Annual report of the Punjab Veterinary College and of the Civil Veterinary Department, Punjab - 1909-1919
Year: 1909
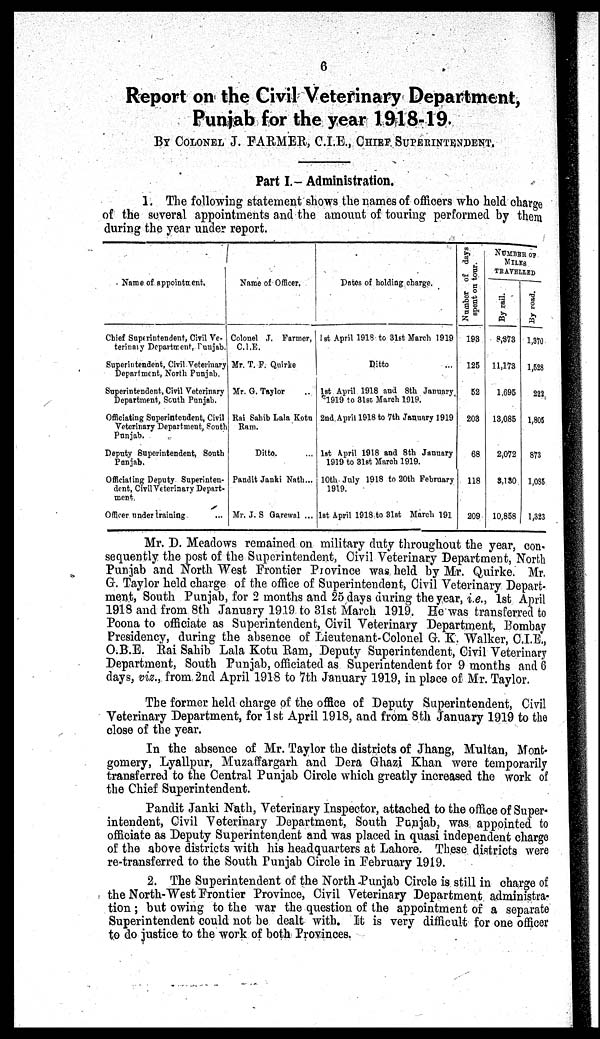
6
Report on the Civil Veterinary Department,
Punjab for the year 1918-19.
BY COLONEL J. FARMER, C.I.E., CHIEF SUPERINTENDENT.
Part I.- Administration.
1. The following statement shows the names of officers who held charge
of the several appointments and the amount of touring performed by them
during the year under report.
Name of appointment.
Chief Superintendent, Civil Ve-
terinary Department, Punjab.
Superintendent, Civil Veterinary
Department, North Punjab.
Superintendent, Civil Veterinary
Department, South Punjab.
Officiating Superintendent, Civil
Veterinary Department, South
Punjab.
Deputy Superintendent, South
Panjab.
Officiating Deputy Superinten-
dent, Civil Veterinary Depart-
ment.
Officer under training ...
Name of Officer.
Colonel ,T. Farmer,
C.I.E.
Mr. T. F. Quirke
Mr. G. Taylor ..
Rai Sahib Lala Kota
Ram.
Ditto. ...
Pandit Janki Nath...
Mr. J. S Garewal ...
Dates of holding charge.
1st April 1918 to 31st March 1919
Ditto ...
1st April 1918 and 8th January
1919 to 31st March 1919.
2nd. April 1918 to 7th January 1919
1st April 1918 and 8th January
1919 to 31st March 1919.
10th July 1918 to 20th February
1919.
1st April 1918 to 31st March 191
Number of days
spent on tour.
193
125
52
203
68
118
209
NUMBER OF
MILES
TRAVELLED
By rail.
8,373
11,173
1,695
13,085
2,072
3,130
10,858
By
road.
1,370
1,528
222
1,805
873
1,035
1,323
Mr. D. Meadows remained on military duty throughout the year, con-
sequently the post of the Superintendent, Civil Veterinary Department, North
Punjab and North West Frontier Province was held by Mr. Quirke. Mr.
G. Taylor held charge of the office of Superintendent, Civil Veterinary Depart-
ment, South Punjab, for 2 months and 25 days during the year, i.e., 1st April
1918 and from 8th January 1919 to 31st March 1919. He was transferred to
Poona to officiate as Superintendent, Civil Veterinary Department, Bombay
Presidency, during the absence of Lieutenant-Colonel G. K. Walker, C.I.E.,
O.B.E. Rai Sahib Lala Kotu Ram, Deputy Superintendent, Civil Veterinary
Department, South Punjab, officiated as Superintendent for 9 months and 6
days, viz., from 2nd April 1918 to 7th January 1919, in place of Mr. Taylor.
The former held charge of the office of Deputy Superintendent, Civil
Veterinary Department, for 1st April 1918, and from 8th January 1919 to the
close of the year.
In the absence of Mr. Taylor the districts of Jhang, Multan, Mont-
gomery, Lyallpur, Muzaffargarh and Dera Ghazi Khan were temporarily
transferred to the Central Punjab Circle which greatly increased the work of
the Chief Superintendent.
Pandit Janki Nath, Veterinary Inspector, attached to the office of Super-
intendent, Civil Veterinary Department, South Punjab, was appointed to
officiate as Deputy Superintendent and was placed in quasi independent charge
of the above districts with his headquarters at Lahore. These districts were
re-transferred to the South Punjab Circle in February 1919.
2. The Superintendent of the North-Punjab Circle is still in charge of
the North-West Frontier Province, Civil Veterinary Department administra-
tion ; but owing to the war the question of the appointment of a separate
Superintendent could not be dealt with. It is very difficult for one officer
to do justice to the work of both Provinces.